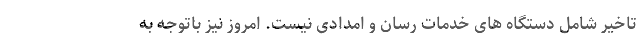
تاخیر شامل دستگاه های خدمات رسان و امدادی نیست. امروز نیز باتوجه به